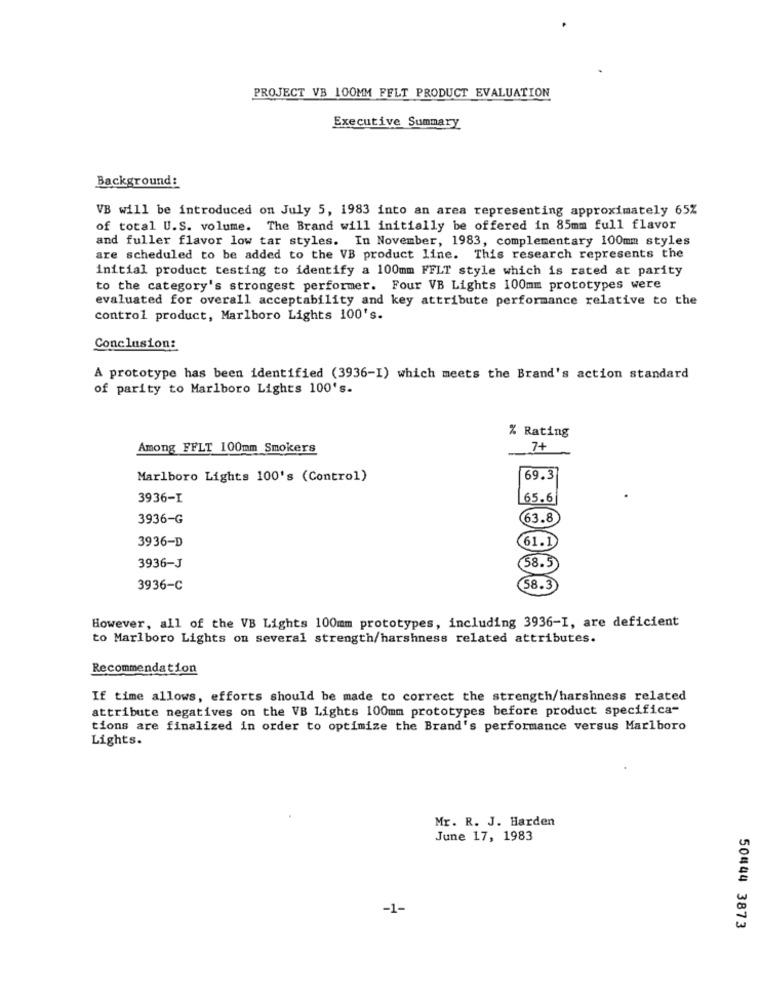
PROJECT VB 100MM FELT PRODUCT EVALUATION
Executive Summary
Background:
VB will be introduced on July 5, 1983 into an area representing approximately 65%
of total U.S. volume. The Brand will initially be offered in 85mm full flavor
and fuller flavor low tar styles. In November, 1983, complementary 100mm styles
are scheduled to be added to the VB product line. This research represents the
initial product testing to identify a 100mm FFLT style which is rated at parity
to the category's strongest performer. Four VB Lights 100mm prototypes were
evaluated for overall acceptability and key attribute performance relative to the
control product, Marlboro Lights 100's.
Conclusion:
A prototype has been identified (3936-I) which meets the Brand's action standard
of parity to Marlboro Lights 100's.
% Rating
Among FFLT 100mm Smokers
7+
Marlboro Lights 100's (Control)
69.3
3936-I
65.6
3936-G
63.8
3936-D
61.1
3936-J
58.5
3936-C
58.3
However, all of the VB Lights 100mm prototypes, including 3936-I, are deficient
to Marlboro Lights on several strength/harshness related attributes.
Recommendation
If time allows, efforts should be made to correct the strength/harshness related
attribute negatives on the VB Lights 100mm prototypes before product specifica-
tions are finalized in order to optimize the Brand's performance versus Marlboro
Lights.
Mr. R. J. Harden
June 17, 1983
-1-
50444 3873